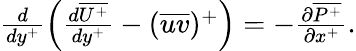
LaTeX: \begin{array}{r}{\frac{d}{dy^{+}}\left(\frac{d\overline{{U^{+}}}}{dy^{+}}-(\overline{{uv}})^{+}\right)=-\frac{\partial\overline{{P^{+}}}}{\partial x^{+}}.}\end{array}